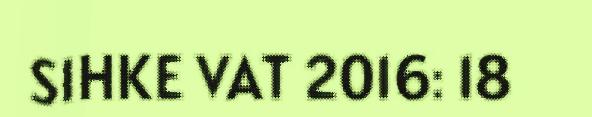
SIHKE VAT 2016: 18